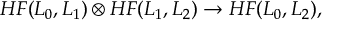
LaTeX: H F ( L _ { 0 } , L _ { 1 } ) \otimes H F ( L _ { 1 } , L _ { 2 } ) \rightarrow H F ( L _ { 0 } , L _ { 2 } ) ,